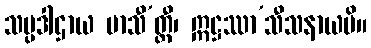
သပ္ပဒါဌာယ မာသီ’တ္ထီ၊ ဣဋ္ဌဿာ’သီသနာယပိ။